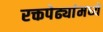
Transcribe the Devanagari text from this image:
रक्तपेढ्यांमध्ये